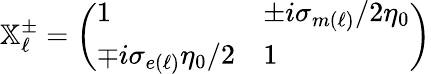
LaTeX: \mathbb{X}_{\ell}^{\pm}=\left(\begin{array}{ll}{1}&{\pm i\sigma_{m(\ell)}/2\eta_{0}}\\ {\mp i\sigma_{e(\ell)}\eta_{0}/2}&{1}\end{array}\right)